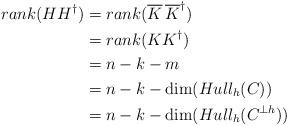
LaTeX: \begin{align*} rank(HH^\dagger)&= rank(\overline{K}\,\overline{K}^\dagger)\\ &= rank(K{K}^\dagger)\\ &=n-k-m\\ &=n-k-\dim(Hull_h(C))\\ &=n-k-\dim(Hull_h(C^{\bot h})) \end{align*}